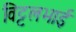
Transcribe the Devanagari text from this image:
विट्टलभाई